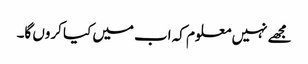
مجھے نہیں معلوم کہ اب میں کیا کروں گا۔